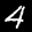
Digit: 4